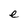
Character: e